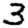
Digit: 3